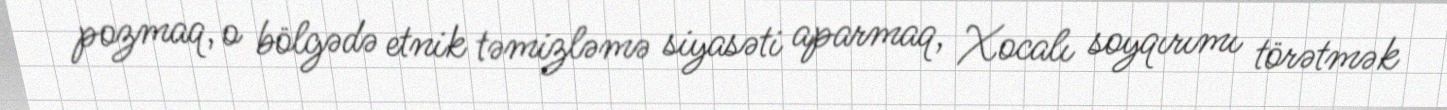
pozmaq, o bölgədə etnik təmizləmə siyasəti aparmaq, Xocalı soyqırımı törətmək